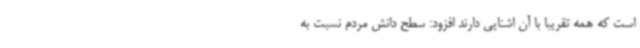
است که همه تقریبا با آن اشنایی دارند افزود: سطح دانش مردم نسبت به